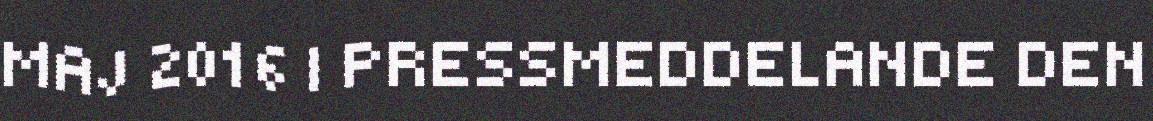
MAJ 2016 | PRESSMEDDELANDE DEN